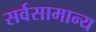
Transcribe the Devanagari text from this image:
सर्वसामान्‍य